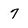
Character: 7